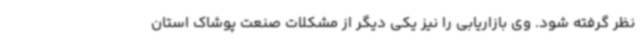
نظر گرفته شود. وی بازاریابی را نیز یکی دیگر از مشکلات صنعت پوشاک استان